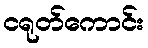
ငရုတ်ကောင်း